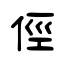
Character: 俓